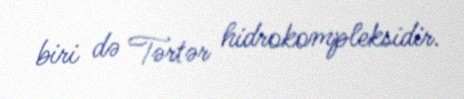
biri də Tərtər hidrokompleksidir.